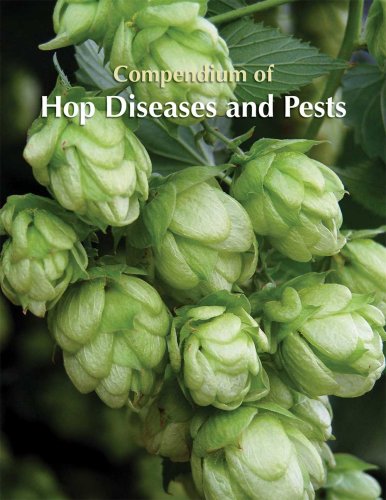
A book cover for Compendium of Hop Diseases and Pests; Walter Mahaffee; Science & Math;